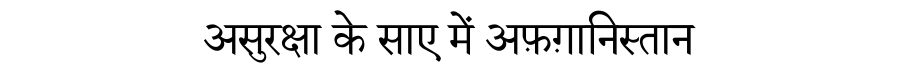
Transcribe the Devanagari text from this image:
असुरक्षा के साए में अफ़ग़ानिस्तान